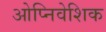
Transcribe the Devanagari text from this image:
ओप्निवेशिक